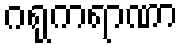
ဂရုကရာဏာ